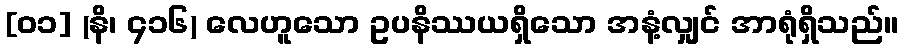
[၀၁] (နိ၊ ၄၁၆) လေဟူသော ဥပနိဿယရှိသော အနံ့လျှင် အာရုံရှိသည်။